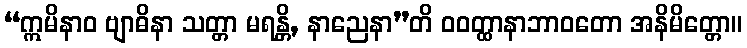
“ဣမိနာဝ ဗျာဓိနာ သတ္တာ မရန္တိ, နာညေနာ”တိ ဝဝတ္ထာနာဘာဝတော အနိမိတ္တော။